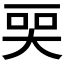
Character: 𬻠